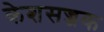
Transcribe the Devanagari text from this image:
केशसज्जक